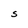
Character: S